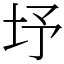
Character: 㘧